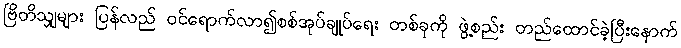
ဗြိတိသျှများ ပြန်လည် ဝင်ရောက်လာ၍စစ်အုပ်ချုပ်ရေး တစ်ခုကို ဖွဲ့စည်း တည်ထောင်ခဲ့ပြီးနောက်